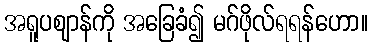
အရူပဈာန်ကို အခြေခံ၍ မဂ်ဖိုလ်ရရန်ဟော။